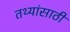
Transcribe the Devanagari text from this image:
तथ्यांसाठी